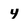
Character: 4